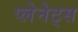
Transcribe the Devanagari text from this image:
प्लेनेट्स